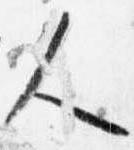
人